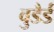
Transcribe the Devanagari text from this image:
वुडैर्ड